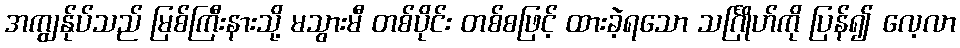
အကျွန်ုပ်သည် မြစ်ကြီးနားသို့ မသွားမီ တစ်ပိုင်း တစ်စဖြင့် ထားခဲ့ရသော သင်္ဂြိုဟ်ကို ပြန်၍ လေ့လာ